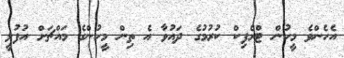
އެހެންވެ މީހުން ޓްރެފިކް ކުރުމުގެ ދައުވާ އެ ތިން މީހުންގެ މައްޗަށް އުފުލީ